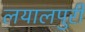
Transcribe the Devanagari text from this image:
लयालपुरी